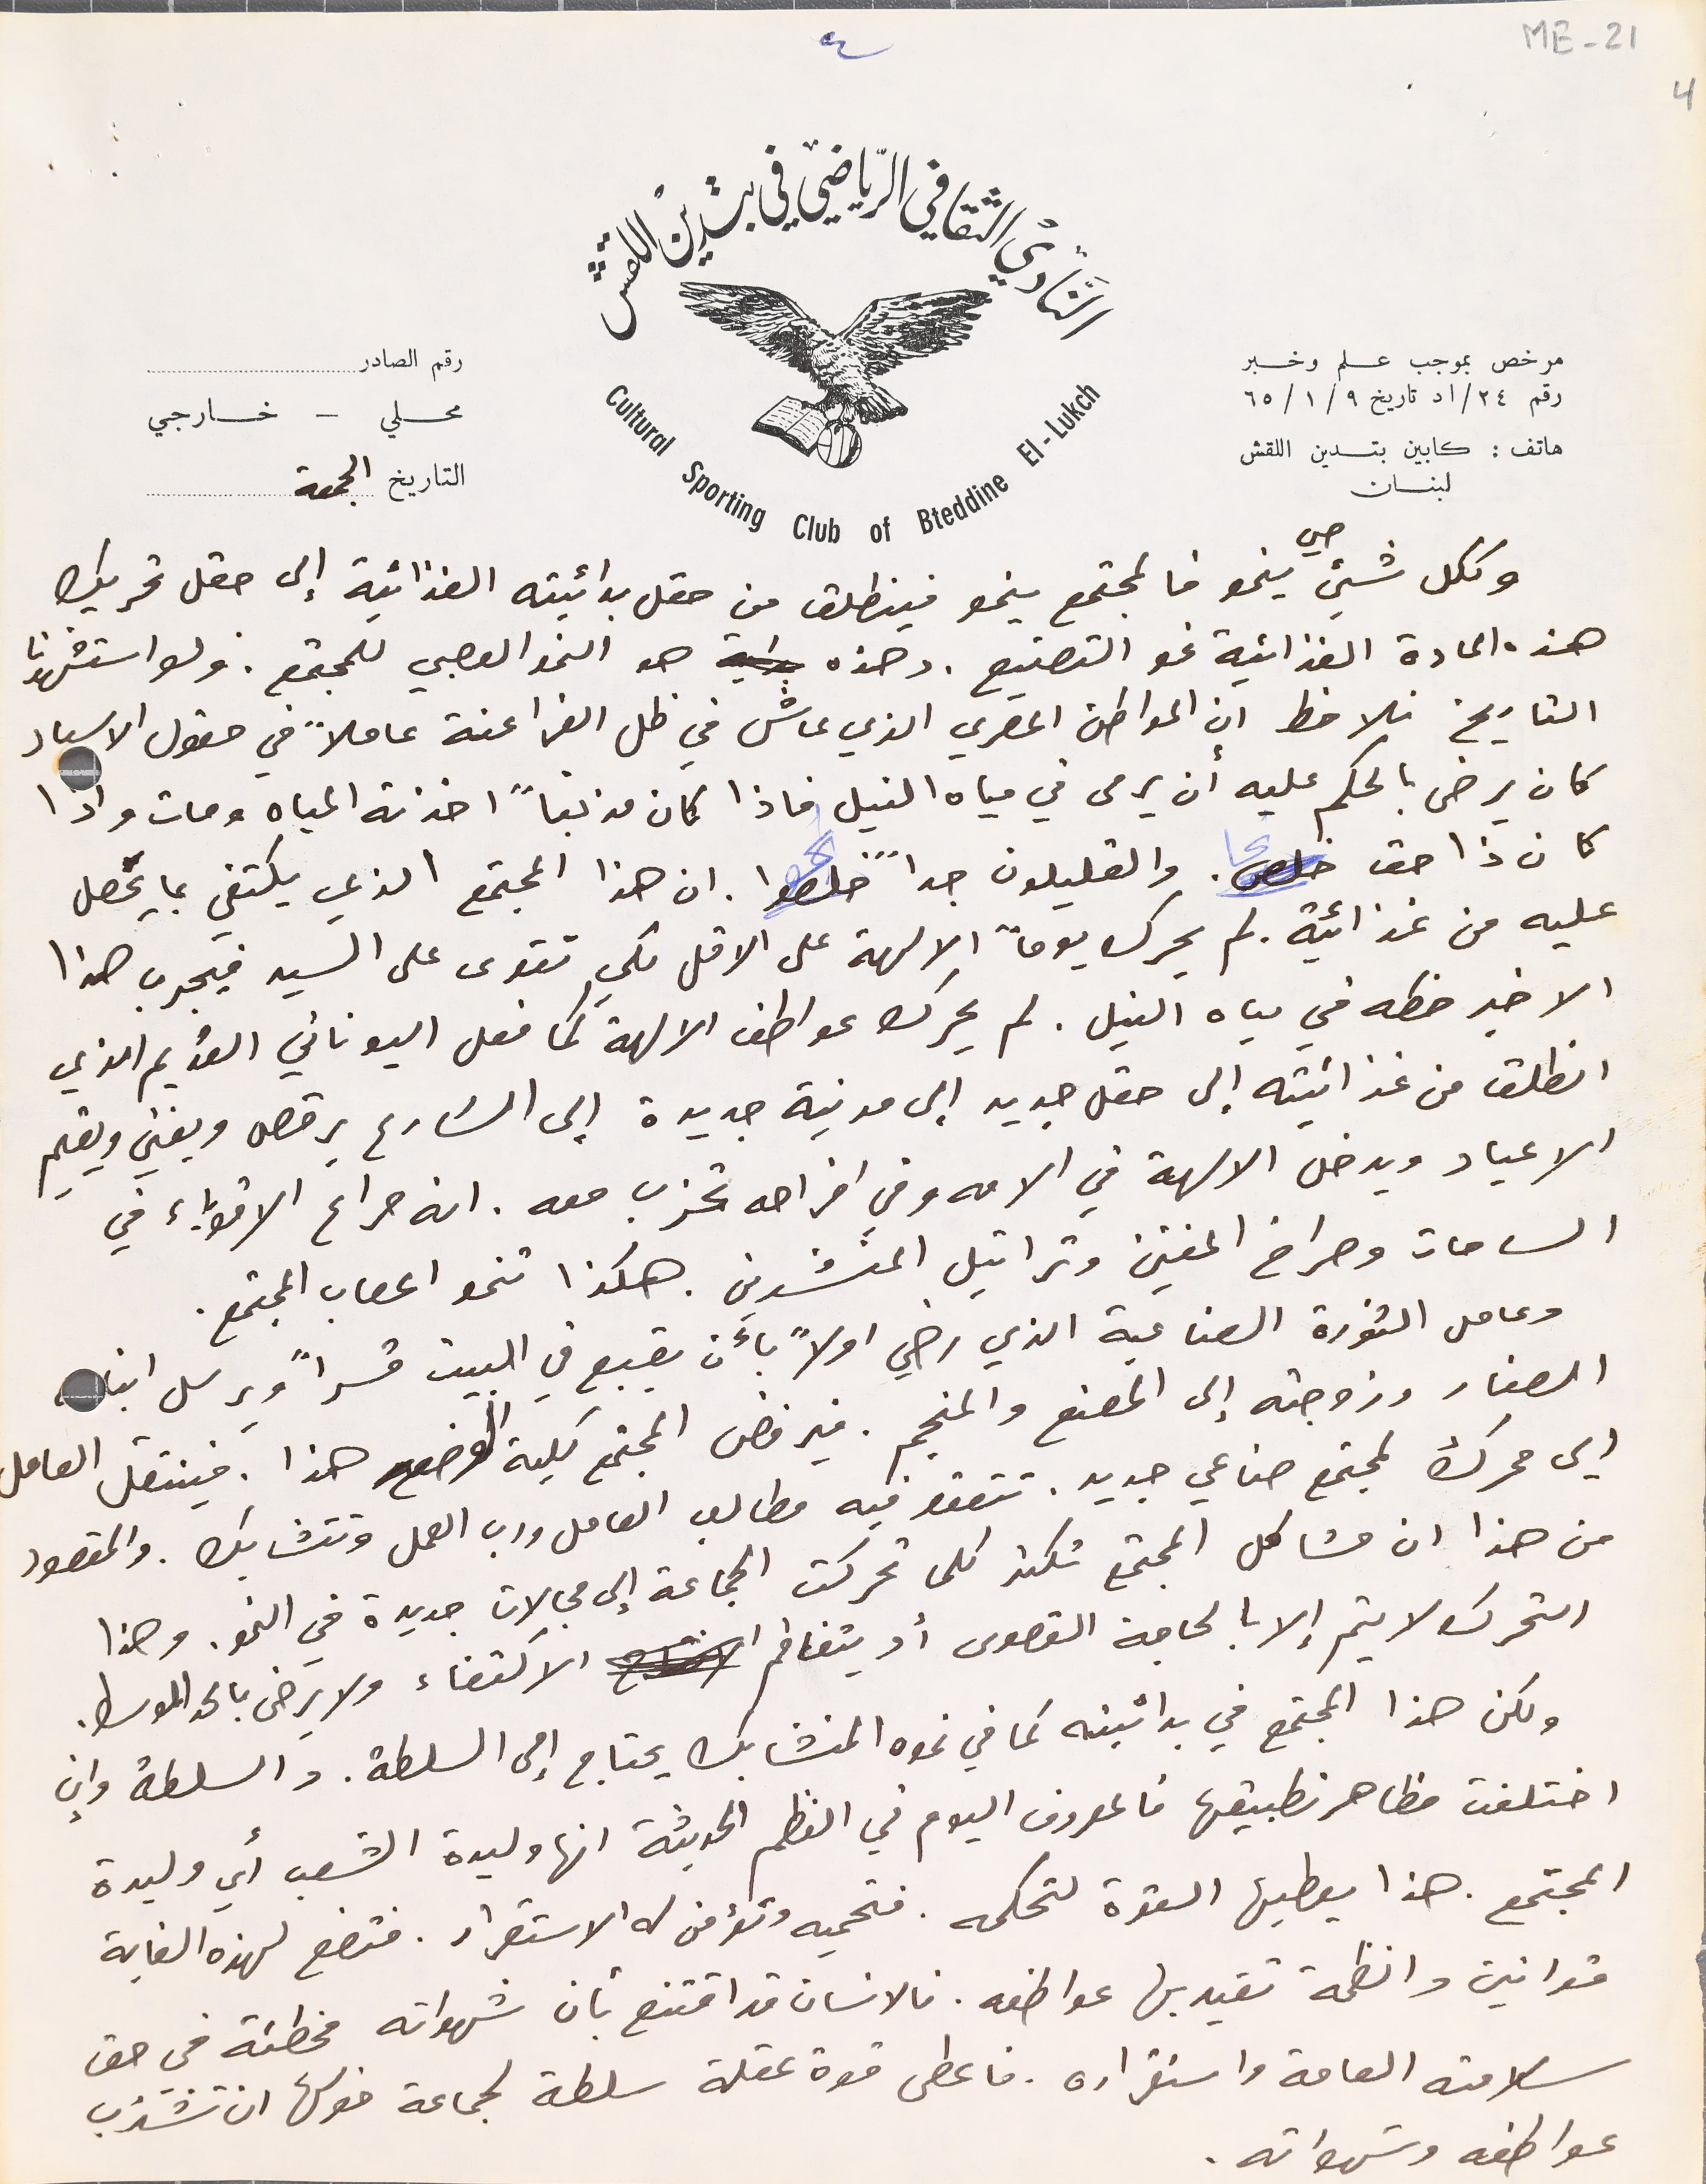
وككل شيئ حي ينمو فالمجتمع ينمو فينطلق من حقل بدائيته الغذانية إلى حقل تحريك
هذه المادة الغذائية نحو التصنيع. وهذه هو النمو العصبي للمجتمع. ولو استشهدنا
التاريخ نلاحط ان المواطن المصري الذي عاش في ظل الفراعنة عاملاً في حقول الاسياد
 كان يرضى بالحكم عليه أن يرمى في مياه النيل فاذا كان مذنباً اخذته المياه ومات واذا
كان ذا حق خلص والقليلون جداً خلصوا. ان هذا المجتمع الذي يكتفي بما يحصل
عليه من غذائية. لم يحرك يوماً الالهة على الاقل لكي تقوى على السيد فيجرب هذا
 الاخير حظه في مياه النيل. لم يحرك عواطف الالهة كما فعل اليوناني القديم الذي
 انطلق من غذائيته إلى حقل جديد الى مدنية جديدة إلى الشارع يرقص ويغني ويقيم
 الاعياد ويدخل الالهة في الامه وفي افراحه تحزب معه. انه صراع الأقوياء في
 الساحات وصراخ المغني وتراتيل المنشدين. هكذا تنمو اعصاب المجتمع.
وعامل الثورة الصناعية الذي رضي اولاً بأن يقبع في البيت قسراً ويرسل ابنا
الصغار وزوجته إلى المصنع والمنجم. فيرفض المجتمع كلية الوضع هذا. فينتقل العامل
الي محرك لمجتمع صناعي جديد. تتعقد فيه مطالب العامل ورب العمل وتتشابك. والمقصود
من هذا ان مشاكل المجتمع تكثر كلما تحركت الجماعة إلى مجالات جديدة في النمو. وهذا
التحرك لا يتم إلا بالحاجة القصوى او يتفاقم الاكتفاء ولا يرضى بالحد الوسط.
 ولكن هذا المجتمع في بدائيته كما في نموه المتشابك يحتاج إلى السلطة. والسلطة وإن
اختلفت مظاهر تطبيقها فالمعروف اليوم في النظم الحديثة انها وليدة الشعب أي وليدة
المجتمع. هذا يعطيها القوة لتحكمه. فتحميه وتؤمن له الاستقرار. فتضع لهذه الغاية
قوانين وانظمة تقيد بها عواطفه. فالانسان قد اقتنع بأن شهواته مخطئة في حق
سلامته العامة واستقراره. فاعطى قوة عقله سلطة لجماعة خولها ان تشتري
عواطفه وشهواته
مرخص بموجب علم وخبر رقم ٢٤/اد تاريخ ٩/ ١/ ٦٥
ME-21 4
رقم الصادر
محلي – خارجي

التاريخ
النَادي الثقافي الرياضي في بتدين اللقش
٤
هاتف : كابين بتدين اللقش لبنان